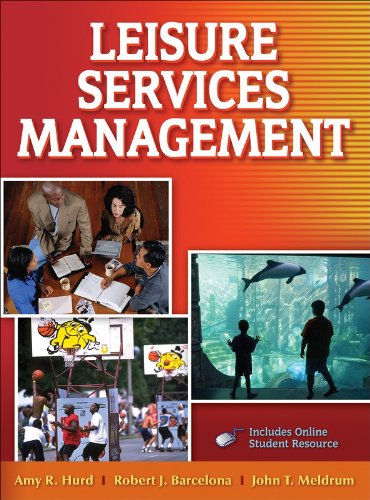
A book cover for Leisure Services Management With Web Resources; Amy Hurd; Business & Money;